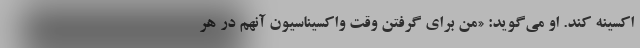
اکسینه کند. او می‌گوید: «من برای گرفتن وقت واکسیناسیون آنهم در هر